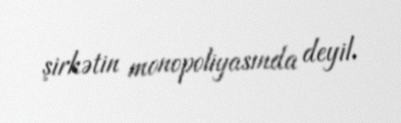
şirkətin monopoliyasında deyil.